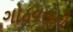
ગોઠવણની